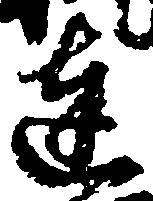
達